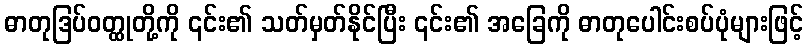
ဓာတုဒြပ်ဝတ္ထုတို့ကို ၎င်း၏ သတ်မှတ်နိုင်ပြီး ၎င်း၏ အခြေကို ဓာတုပေါင်းစပ်ပုံများဖြင့်